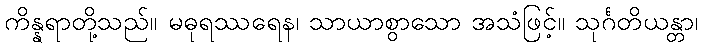
ကိန္နရာတို့သည်။ မဓုရဿရေန၊ သာယာစွာသော အသံဖြင့်။ သုင်္ဂတိယန္တာ၊